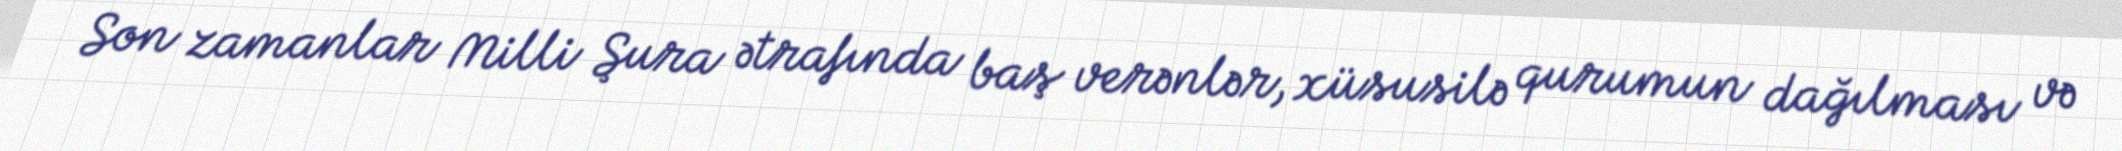
Son zamanlar Milli Şura ətrafında baş verənlər, xüsusilə qurumun dağılması və